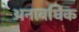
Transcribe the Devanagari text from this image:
अनावधिक